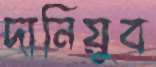
দানিয়ুব